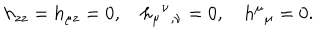
h _ { z z } = h _ { \mu z } = 0 , \quad h _ { \mu } { } ^ { \nu } { } _ { , \nu } = 0 , \quad h ^ { \mu } { } _ { \mu } = 0 .